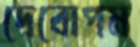
দেবোপম